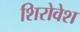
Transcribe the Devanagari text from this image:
शिरोवेश